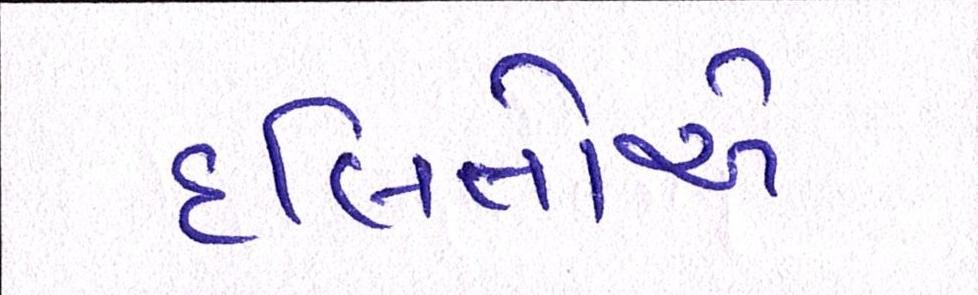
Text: દલિતોએ